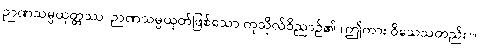
ဉာဏသမ္ပယုတ္တဿ၊ ဉာဏသမ္ပယုတ်ဖြစ်သော ကုသိုလ်ဝိညာဉ်၏ (ဤကား ဝိသေသတည်း)။